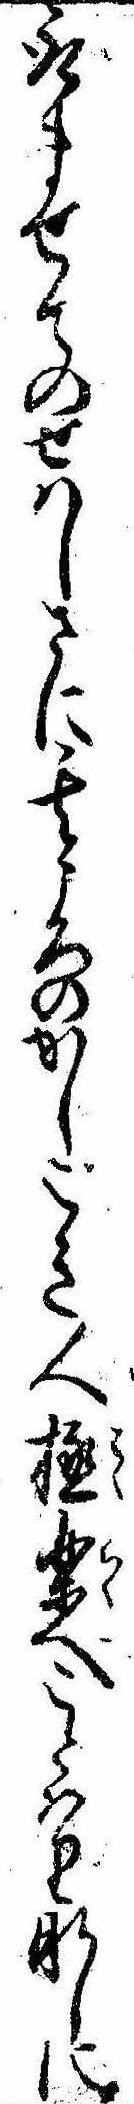
取ませてのせはしさに其ころのかしこき人極楽へことはりなしに